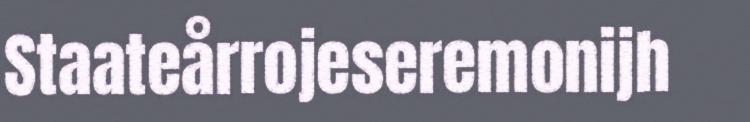
Staateårrojeseremonijh